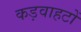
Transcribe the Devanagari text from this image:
कड़वाहटों